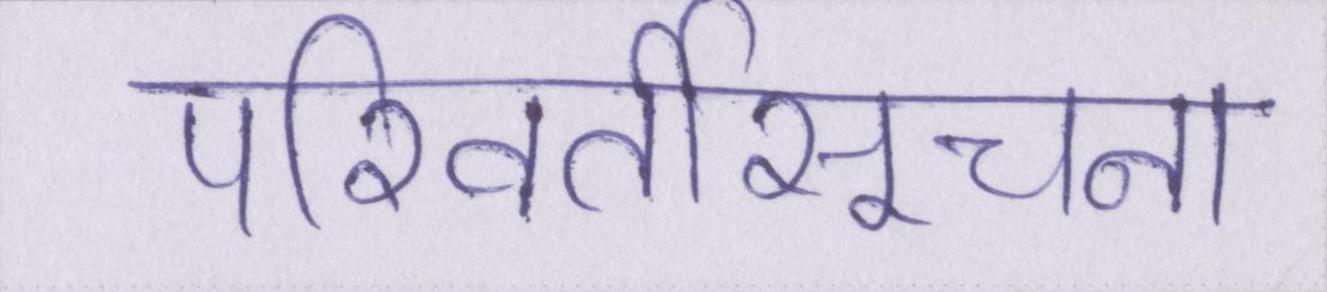
परिवर्तीसूचना